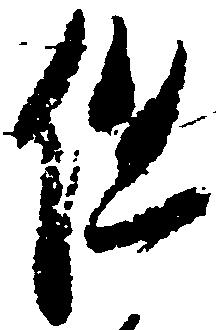
但